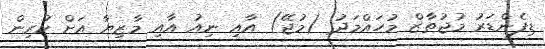
ޑިފެންޑަރު މުޖުތާޒް މުހައްމަދު (މުޖޭ) އާއި ނިއު އާއި މާޒިޔާ އަށް ކުރިން